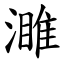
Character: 濉